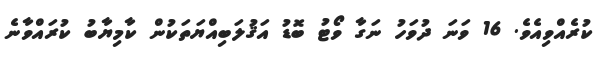
ކުރެއްވިއެވެ. 16 ވަނަ ދުވަހު ނަގާ ވޯޓު ބޮޑު އަޤުލަބިއްޔަތަކުން ކާމިޔާބު ކުރައްވާނެ